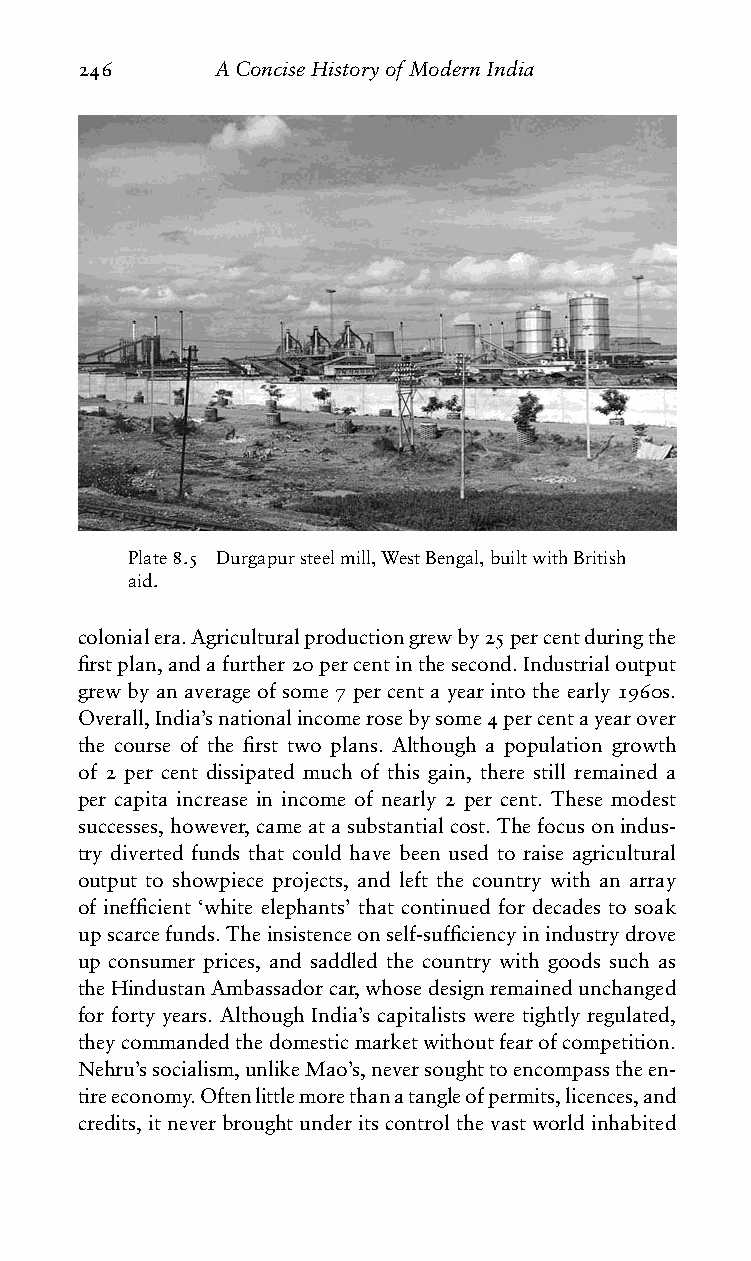
246      AConciseHistoryofModernIndia
 Plate8.5 Durgapursteelmill,WestBengal,builtwithBritish
 aid.
 colonialera.Agriculturalproductiongrewby25percentduringthe
 firstplan,andafurther20percentinthesecond.Industrialoutput
 grewbyanaverageofsome7percentayearintotheearly1960s.
 Overall,India’snationalincomerosebysome4percentayearover
 the course of the first two plans. Although a population growth
 of 2 per cent dissipated much of this gain, there still remained a
 per capita increase in income of nearly 2 per cent. These modest
 successes,however,cameatasubstantialcost.Thefocusonindus-
 try diverted funds that could have been used to raise agricultural
 output to showpiece projects, and left the country with an array
 of inefficient ‘white elephants’ that continued for decades to soak
 upscarcefunds.Theinsistenceonself-sufficiencyinindustrydrove
 up consumer prices, and saddled the country with goods such as
 theHindustanAmbassadorcar,whosedesignremainedunchanged
 for forty years. Although India’s capitalists were tightly regulated,
 theycommandedthedomesticmarketwithoutfearofcompetition.
 Nehru’ssocialism,unlikeMao’s,neversoughttoencompasstheen-
 tireeconomy.Oftenlittlemorethanatangleofpermits,licences,and
 credits, it never brought under its control the vast world inhabited